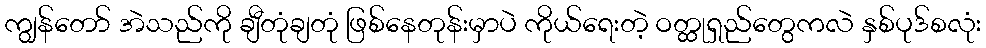
ကျွန်တော် အဲသည်ကို ချီတုံချတုံ ဖြစ်နေတုန်းမှာပဲ ကိုယ်ရေးတဲ့ ဝတ္ထုရှည်တွေကလဲ နှစ်ပုဒ်စလုံး